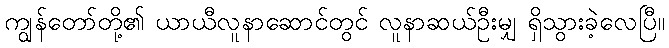
ကျွန်တော်တို့၏ ယာယီလူနာဆောင်တွင် လူနာဆယ်ဦးမျှ ရှိသွားခဲ့လေပြီ။